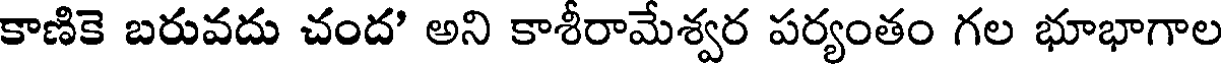
కాణికె బరువదు చంద' అని కాశీరామేశ్వర పర్యంతం గల భూభాగాల